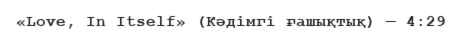
«Love, In Itself» (Кәдімгі ғашықтық) — 4:29